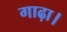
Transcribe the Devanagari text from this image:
गाढ़ा।